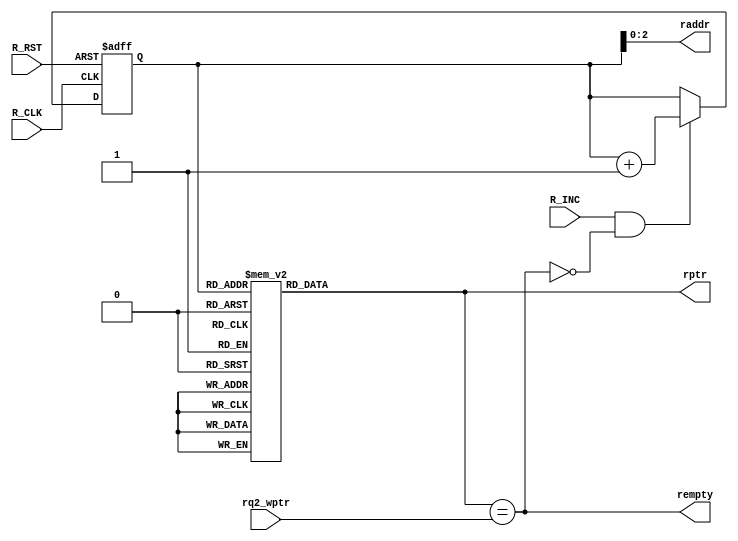
module R_ctrl (

	input wire 	 	 R_INC ,
	input wire [3:0] rq2_wptr,
	input wire  	 R_CLK ,
	input wire  	 R_RST ,

	output   	 rempty,
	output reg [2:0] raddr,
	output reg [3:0] rptr 

	);

reg [3:0] before_gray_rd_ptr ;  //  >> gray coding >> rptr  

// pointer 
	always @(posedge R_CLK or negedge R_RST) begin
		if (!R_RST) begin
			before_gray_rd_ptr <= 4'b0 ;
		end
		else begin
			if (R_INC && !rempty)begin
				before_gray_rd_ptr <= before_gray_rd_ptr + 1 ;
			end
		end
	end

// empty flag

assign rempty = (rptr == rq2_wptr) ;


/*
	always@(posedge R_CLK or negedge R_RST) begin

		if(!R_RST) begin
			rempty <= 1'b1 ;
		end

		else begin

			if (rptr == rq2_wptr) begin
				 rempty <= 1'b1 ;
			end

			else rempty <= 1'b0 ; // mlhash lazma bs mashy 
		end 
		 
	end
*/


// raddr 
	always @(*) begin
		raddr = before_gray_rd_ptr[2:0] ;
	end

// gray code inversion
	always @(*)begin
		case (before_gray_rd_ptr)
		4'b0000 : rptr = 4'b0000 ;
		4'b0001 : rptr = 4'b0001 ;
		4'b0010 : rptr = 4'b0011 ;
		4'b0011 : rptr = 4'b0010 ;

		4'b0100 : rptr = 4'b0110 ;
		4'b0101 : rptr = 4'b0111 ;
		4'b0110 : rptr = 4'b0101 ;
		4'b0111 : rptr = 4'b0100 ;

		4'b1000 : rptr = 4'b1100 ;
		4'b1001 : rptr = 4'b1101 ;
		4'b1010 : rptr = 4'b1111 ;
		4'b1011 : rptr = 4'b1110 ;

		4'b1100 : rptr = 4'b1010 ;
		4'b1101 : rptr = 4'b1011 ;
		4'b1110 : rptr = 4'b1001 ;
		4'b1111 : rptr = 4'b1000 ;
		 
		default : rptr = 4'b0000 ;

		endcase
	end
endmodule